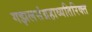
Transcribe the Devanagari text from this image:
गझलसंग्रहाव्यतिरिक्त